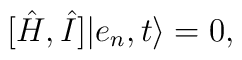
[\hat{H} , \hat{I}] \vert e_n, t \rangle = 0,